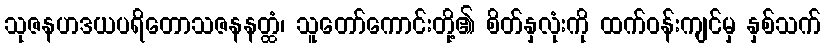
သုဇနဟဒယပရိတောသဇနနတ္ထံ၊ သူတော်ကောင်းတို့၏ စိတ်နှလုံးကို ထက်ဝန်းကျင်မှ နှစ်သက်